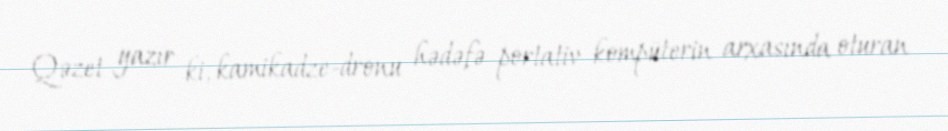
Qəzet yazır ki, kamikadze-dronu hədəfə portativ kompüterin arxasında oturan